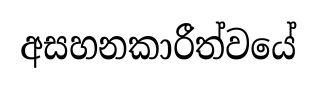
අසහනකාරීත්වයේ